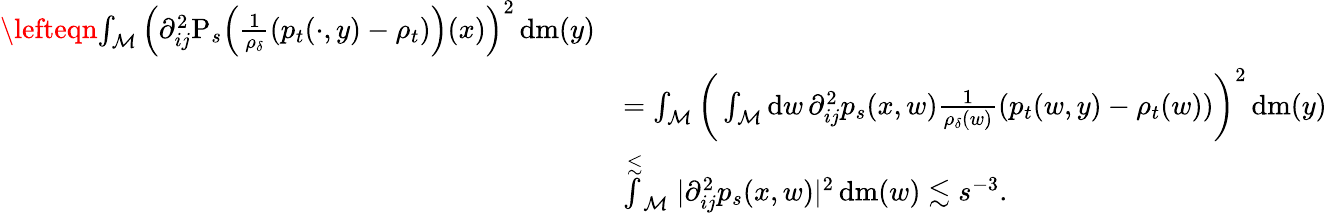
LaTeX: \begin{array}{rl}{\lefteqn{\int_{\mathcal{M}}\Big(\partial_{ij}^{2}\mathrm{P}_{s}\Big(\frac{1}{\rho_{\delta}}(p_{t}(\cdot,y)-\rho_{t})\Big)(x)\Big)^{2}\, \mathrm{d}\mathrm{m}(y)}}\\ &{=\int_{\mathcal{M}}\bigg(\int_{\mathcal{M}}\mathrm{d}w\, \partial_{ij}^{2}p_{s}(x,w)\frac{1}{\rho_{\delta}(w)}(p_{t}(w,y)-\rho_{t}(w))\bigg)^{2}\, \mathrm{d}\mathrm{m}(y)}\\ &{\stackrel{\lesssim}\int_{\mathcal{M}}\vert\partial_{ij}^{2}p_{s}(x,w)\vert^{2}\, \mathrm{d}\mathrm{m}(w)\lesssim s^{-3}.}\end{array}